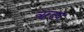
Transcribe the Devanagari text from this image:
ऋदय